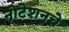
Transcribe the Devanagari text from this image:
नोटेशनचे